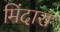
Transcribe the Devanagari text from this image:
मिंदारा